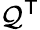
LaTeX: \mathcal{Q}^{\textsf{{T}}}